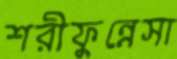
শরীফুন্নেসা